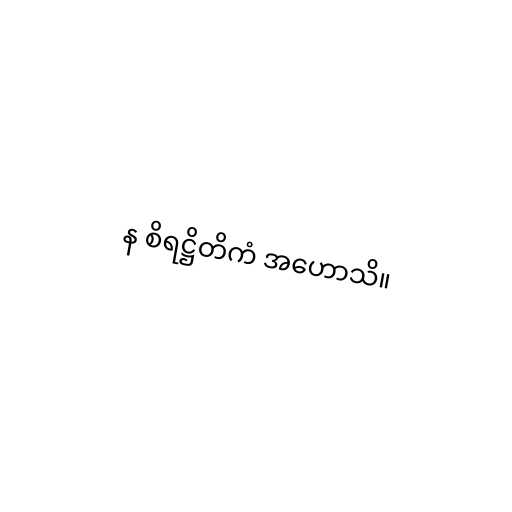
န စိရဋ္ဌိတိကံ အဟောသိ။